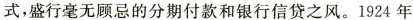
式，盛行毫无顾忌的分期付款和银行信贷之风。1924年